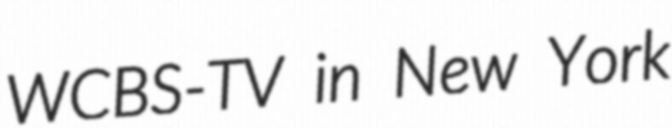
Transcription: WCBS-TV in New York